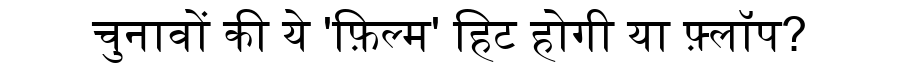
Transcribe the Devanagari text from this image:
चुनावों की ये 'फ़िल्म' हिट होगी या फ़्लॉप?